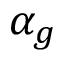
\alpha _ { g }